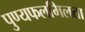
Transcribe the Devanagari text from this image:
पुण्यफलमिलता